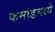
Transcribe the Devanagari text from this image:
कमांडमध्ये